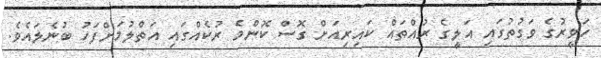
ހަވީރުގެ ވަގުތުގައި އަލީގެ ރުއްތައް ކައިރިއަށް ގޮސް ކޮންމެ ރުކެއްގައި އަތްލުމަށްފަހު ބުނެލައެވެ.